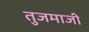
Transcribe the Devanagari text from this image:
तुजमाजी